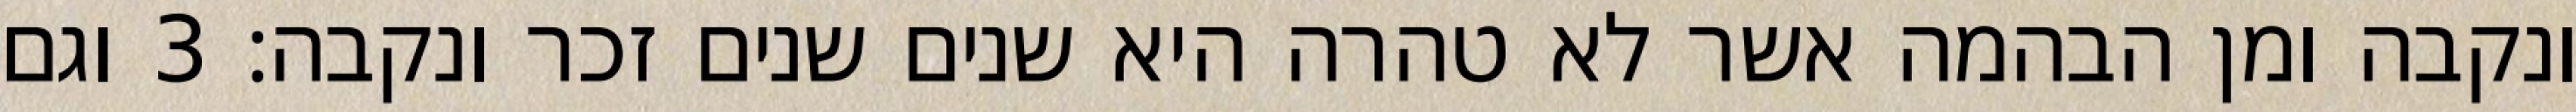
ונקבה ומן הבהמה אשר לא טהרה היא שנים שנים זכר ונקבה׃ ‎3‏ וגם